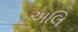
અલિ